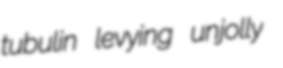
tubulin levying unjolly